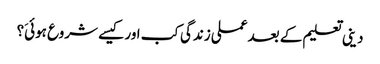
دینی تعلیم کے بعد عملی زندگی کب اور کیسے شروع ہوئیَ؟